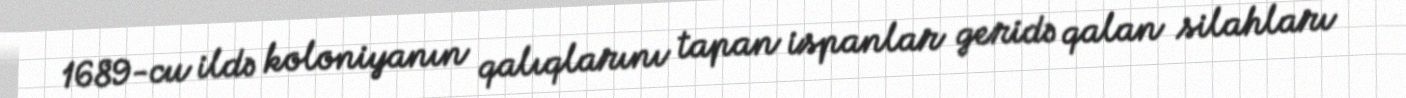
1689-cu ildə koloniyanın qalıqlarını tapan ispanlar geridə qalan silahları